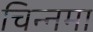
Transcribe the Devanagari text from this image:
चिन्नमा